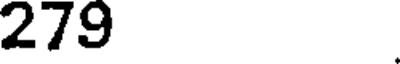
279